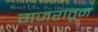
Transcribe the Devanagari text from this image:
गजरातून